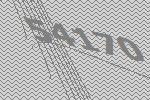
54170